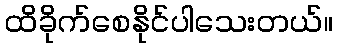
ထိခိုက်စေနိုင်ပါသေးတယ်။